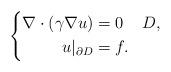
LaTeX: \begin{align*}\left\{\begin{aligned}\nabla \cdot (\gamma \nabla u) &= 0 \enspace\ \ D, \\u|_{\partial D} &= f.\end{aligned}\right.\end{align*}